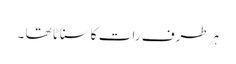
ہر طرف رات کاسناٹا تھا ۔